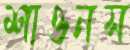
শাওনস